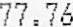
77.76